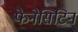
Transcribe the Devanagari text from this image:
फेनेसिटिन